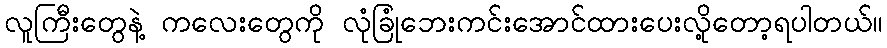
လူကြီးတွေနဲ့ ကလေးတွေကို လုံခြုံဘေးကင်းအောင်ထားပေးလို့တော့ရပါတယ်။